Annual report of the Imperial Bacteriologist
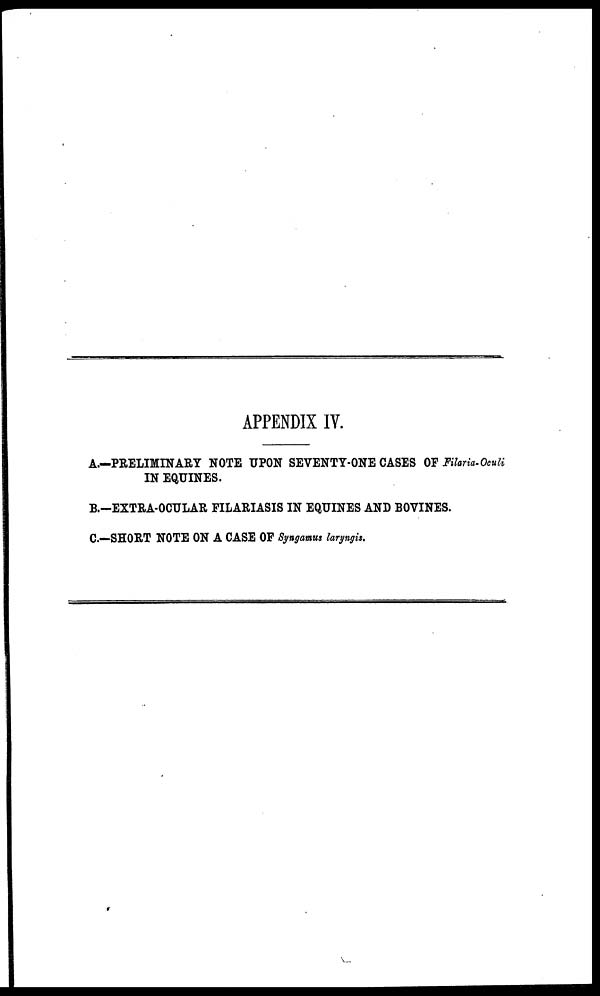
APPENDIX IV.
A.—PRELIMINARY NOTE UPON SEVENTY-ONE CASES OF Filaria-Oculi
IN EQUINES.
B.-EXTRA-OCULAR FILARIASIS IN EQUINES AND BOVINES.
C.—SHORT NOTE ON A CASE OF Syngamus laryngis.